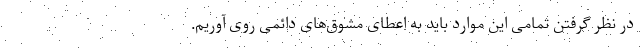
در نظر گرفتن تمامی این موارد باید به اعطای مشوق‌های دائمی روی آوریم.